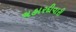
ચહારદીવારી